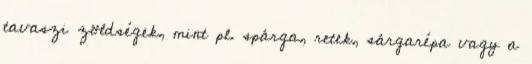
tavaszi zöldségek, mint pl. spárga, retek, sárgarépa vagy a